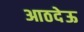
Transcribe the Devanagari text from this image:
आठदेऊ